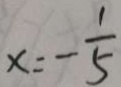
x = - \frac { 1 } { 5 }